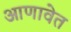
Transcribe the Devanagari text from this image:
आणावेत